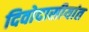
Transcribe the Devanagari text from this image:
दिवोदासीयांत